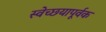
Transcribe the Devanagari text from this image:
स्वेच्छयापूर्वक